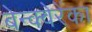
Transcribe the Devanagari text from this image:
बेन्क्वेरेंका